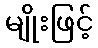
မျိုးဖြင့်